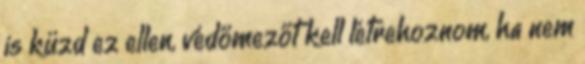
is küzd ez ellen, védőmezőt kell létrehoznom, ha nem